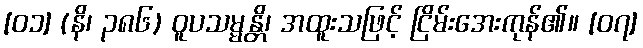
[၀၁] (နိ၊ ၃၈၆) ဝူပသမ္မန္တိ၊ အထူးသဖြင့် ငြိမ်းအေးကုန်၏။ [၀၇]